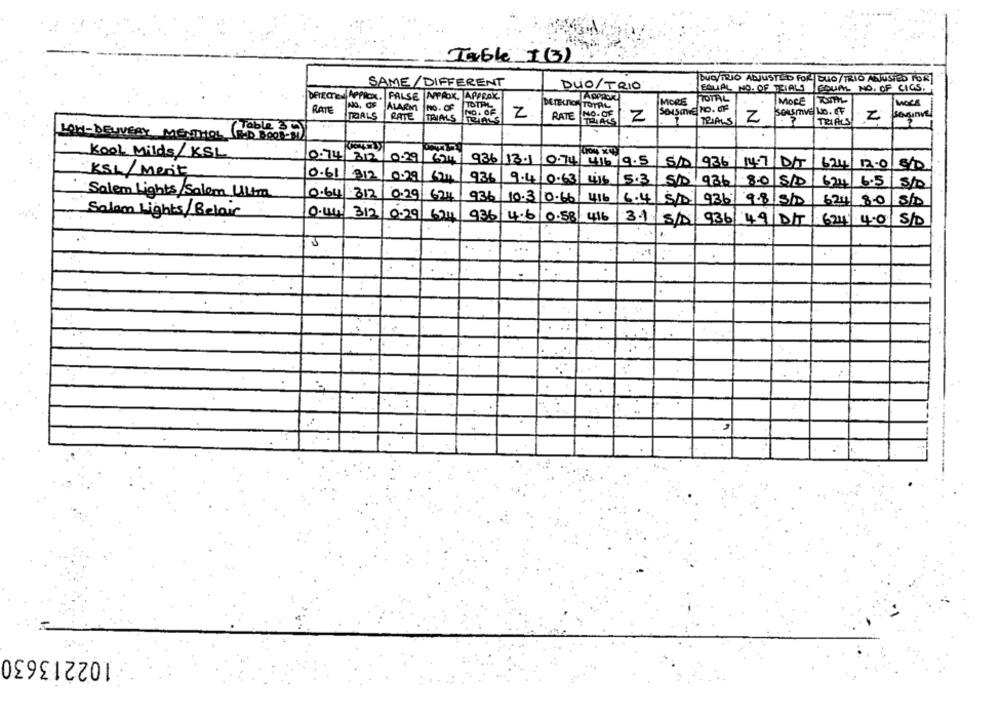
Table +(3)
BUGATRIO ALJUSTED FOR DUO/TRIO ANJUSTED FOR
SAME/ DIFFERENT
DUO/TRIO
EQUAL NO. OF TEIALS
EQUAL NO. OF CICS.
PALSE APROX. APPRAK
APPROR
MORE TOTAL
MORE TOTh-
ALARM
NO. OF
DETELTICH TOTAL
SOSIE NO. OF
RATE
NO. OF
Z
RATE
NO.OF
TRIALS
RATE TRIALS TRIALS
TRIALS
Z
Z
TRIALS
2
LOW-DELIVERY MENTHOL (RXD DOOD-81
Kool Milds/ KSL
0.74/312/0.29 654)
936 13.1
5/0 936
14.7
DIT
624
12.0
510
KSL/Ment
0.61
312
0.29
9.36 9.4/ 0.63 | 416
5.3
5/ 936 8.0 5/0
624/6.5
Salem Lights/Salem Ultra
0.64 312
0.29 624
936 10.3
10.66
6.4
9367
9.8/51
80 8/D
Salam Lights/Belair
0.w4/ 312/0.29
6911
936 4.6 0.58/ 4416
3.1
S/D
936 49 DIT
624
4.0 5/D
102213630